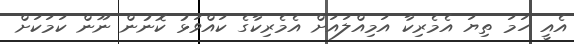
އެއީ ހަމަ ތިޔަ އެމެރިކާ އަމިއްލައަށް އެމެރިކާގެ ކައްވަޅު ކޮނުން ނޫން ކަމަކަށް